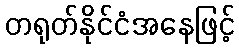
တရုတ်နိုင်ငံအနေဖြင့်